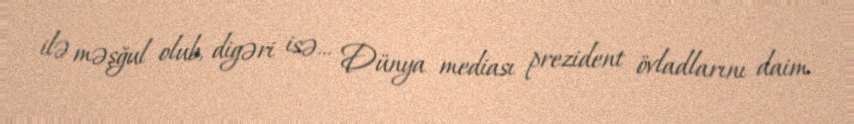
ilə məşğul olub, digəri isə... Dünya mediası prezident övladlarını daim